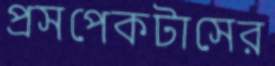
প্রসপেকটাসের